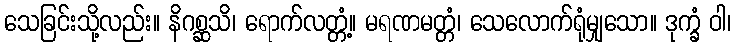
သေခြင်းသို့လည်း။ နိဂစ္ဆသိ၊ ရောက်လတ္တံ့။ မရဏမတ္တံ၊ သေလောက်ရုံမျှသော။ ဒုက္ခံ ဝါ၊